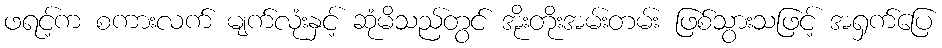
ဖရင့်က စကားလက် မျက်လုံးနှင့် ဆုံမိသည်တွင် အိုးတိုးအမ်းတမ်း ဖြစ်သွားသဖြင့် အရှက်ပြေ